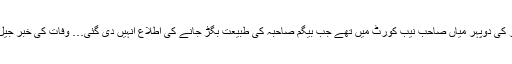
11 ستمبر کی دوپہر میاں صاحب نیب کورٹ میں تھے جب بیگم صاحبہ کی طبیعت بگڑ جانے کی اطلاع انہیں دی گئی… وفات کی خبر جیل میں ملی۔